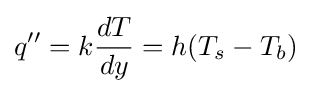
q''=k{\frac {dT}{dy}}=h(T_{s}-T_{b})